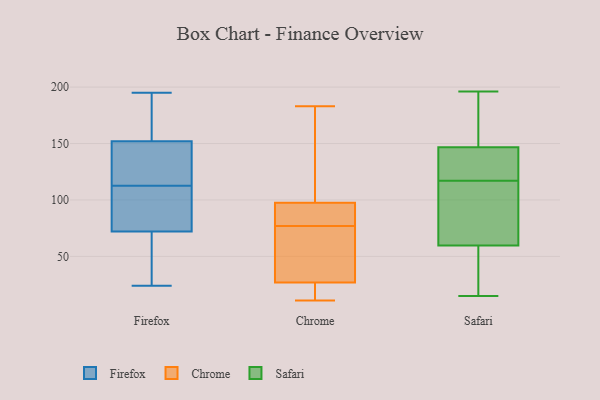
{"axis": {"x": "Website Visitors", "y": "Value"}, "legend": ["Chrome", "Firefox", "Safari"], "data": [{"x": "", "y": 152, "type": "Firefox"}, {"x": "", "y": 171, "type": "Firefox"}, {"x": "", "y": 195, "type": "Firefox"}, {"x": "", "y": 79, "type": "Firefox"}, {"x": "", "y": 128, "type": "Firefox"}, {"x": "", "y": 186, "type": "Firefox"}, {"x": "", "y": 138, "type": "Firefox"}, {"x": "", "y": 29, "type": "Firefox"}, {"x": "", "y": 49, "type": "Firefox"}, {"x": "", "y": 65, "type": "Firefox"}, {"x": "", "y": 86, "type": "Firefox"}, {"x": "", "y": 24, "type": "Firefox"}, {"x": "", "y": 101, "type": "Firefox"}, {"x": "", "y": 152, "type": "Firefox"}, {"x": "", "y": 121, "type": "Firefox"}, {"x": "", "y": 107, "type": "Firefox"}, {"x": "", "y": 27, "type": "Firefox"}, {"x": "", "y": 118, "type": "Firefox"}, {"x": "", "y": 103, "type": "Firefox"}, {"x": "", "y": 185, "type": "Firefox"}, {"x": "", "y": 85, "type": "Chrome"}, {"x": "", "y": 102, "type": "Chrome"}, {"x": "", "y": 94, "type": "Chrome"}, {"x": "", "y": 128, "type": "Chrome"}, {"x": "", "y": 77, "type": "Chrome"}, {"x": "", "y": 16, "type": "Chrome"}, {"x": "", "y": 81, "type": "Chrome"}, {"x": "", "y": 20, "type": "Chrome"}, {"x": "", "y": 123, "type": "Chrome"}, {"x": "", "y": 29, "type": "Chrome"}, {"x": "", "y": 96, "type": "Chrome"}, {"x": "", "y": 64, "type": "Chrome"}, {"x": "", "y": 28, "type": "Chrome"}, {"x": "", "y": 11, "type": "Chrome"}, {"x": "", "y": 183, "type": "Chrome"}, {"x": "", "y": 32, "type": "Chrome"}, {"x": "", "y": 23, "type": "Chrome"}, {"x": "", "y": 130, "type": "Safari"}, {"x": "", "y": 130, "type": "Safari"}, {"x": "", "y": 49, "type": "Safari"}, {"x": "", "y": 139, "type": "Safari"}, {"x": "", "y": 15, "type": "Safari"}, {"x": "", "y": 153, "type": "Safari"}, {"x": "", "y": 49, "type": "Safari"}, {"x": "", "y": 92, "type": "Safari"}, {"x": "", "y": 173, "type": "Safari"}, {"x": "", "y": 164, "type": "Safari"}, {"x": "", "y": 117, "type": "Safari"}, {"x": "", "y": 147, "type": "Safari"}, {"x": "", "y": 101, "type": "Safari"}, {"x": "", "y": 96, "type": "Safari"}, {"x": "", "y": 40, "type": "Safari"}, {"x": "", "y": 93, "type": "Safari"}, {"x": "", "y": 146, "type": "Safari"}, {"x": "", "y": 196, "type": "Safari"}, {"x": "", "y": 45, "type": "Safari"}]}